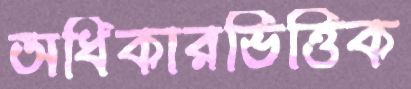
অধিকারভিত্তিক